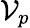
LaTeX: \mathcal{V}_{p}